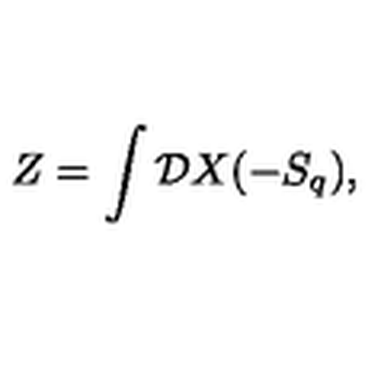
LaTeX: Z = \int { \cal D } X ( - S _ { q } ) ,